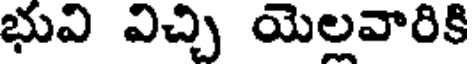
భువి విచ్చి యెలవారికి